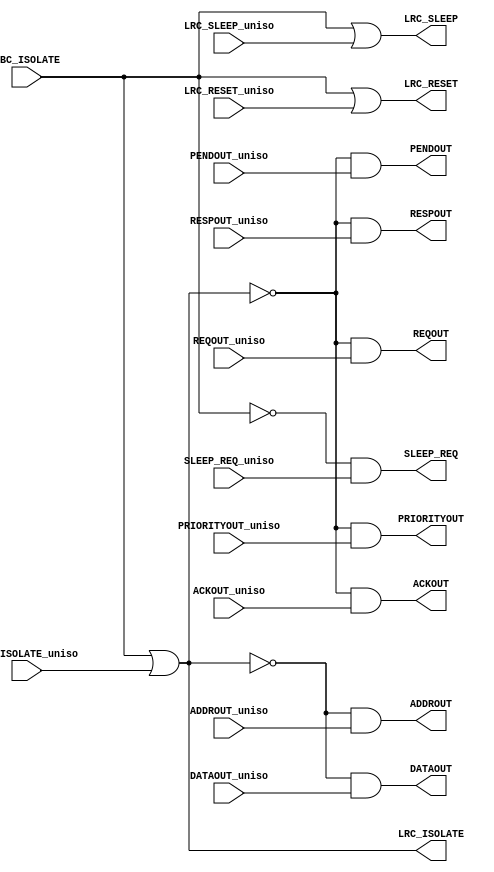
/*
 * MBus Copyright 2015 Regents of the University of Michigan
 *
 * Licensed under the Apache License, Version 2.0 (the "License");
 * you may not use this file except in compliance with the License.
 * You may obtain a copy of the License at
 *
 *     http://www.apache.org/licenses/LICENSE-2.0
 *
 * Unless required by applicable law or agreed to in writing, software
 * distributed under the License is distributed on an "AS IS" BASIS,
 * WITHOUT WARRANTIES OR CONDITIONS OF ANY KIND, either express or implied.
 * See the License for the specific language governing permissions and
 * limitations under the License.
 */

//*******************************************************************************************
//Description: 	  MBUS Register File
//		  Semi Custom Block
//Update History: Feb 25 2014 - First commit
//******************************************************************************************* 

module lc_mbc_iso
  (
   //**************************************
   //Power Domain
   //Input  - Always On
   //Output - N/A
   //**************************************
   //Signals
   //Input
   MBC_ISOLATE,
   // LC --> MBC
   //Input
   ADDROUT_uniso,	
   DATAOUT_uniso,	
   PENDOUT_uniso,	
   REQOUT_uniso,	
   PRIORITYOUT_uniso,	
   ACKOUT_uniso,	
   RESPOUT_uniso,	
   //Output
   ADDROUT,		// ISOL value = Low
   DATAOUT,		// ISOL value = Low
   PENDOUT,		// ISOL value = Low
   REQOUT, 		// ISOL value = Low
   PRIORITYOUT,		// ISOL value = Low
   ACKOUT,		// ISOL value = Low
   RESPOUT,		// ISOL value = Low
   // MBC --> LC
   //Input
   LRC_SLEEP_uniso,
   LRC_RESET_uniso,
   LRC_ISOLATE_uniso,
   //Output
   LRC_SLEEP,		// ISOL value = High
   LRC_RESET,		// ISOL value = High
   LRC_ISOLATE,		// ISOL value = High
   // MBC --> SC
   //Input
   SLEEP_REQ_uniso,
   //Output
   SLEEP_REQ		// ISOL value = Low
   );

   //Input
   input         MBC_ISOLATE;
   // LC --> MBC
   //Input
   input [31:0]  ADDROUT_uniso;
   input [31:0]  DATAOUT_uniso;
   input 	 PENDOUT_uniso;
   input 	 REQOUT_uniso;
   input 	 PRIORITYOUT_uniso;
   input 	 ACKOUT_uniso;
   input 	 RESPOUT_uniso;
   //Output
   output [31:0] ADDROUT;
   output [31:0] DATAOUT;
   output 	 PENDOUT;
   output 	 REQOUT;
   output 	 PRIORITYOUT;
   output 	 ACKOUT;
   output 	 RESPOUT;
   // MBC --> LC
   //Input
   input 	 LRC_SLEEP_uniso;
   input 	 LRC_RESET_uniso;
   input 	 LRC_ISOLATE_uniso;
   //Output
   output 	 LRC_SLEEP;
   output 	 LRC_RESET;
   output 	 LRC_ISOLATE;
   // MBC --> SC
   input 	 SLEEP_REQ_uniso;
   output 	 SLEEP_REQ;

   // LC --> MBC
   assign 	 ADDROUT     = ~LRC_ISOLATE & ADDROUT_uniso;
   assign 	 DATAOUT     = ~LRC_ISOLATE & DATAOUT_uniso;
   assign 	 PENDOUT     = ~LRC_ISOLATE & PENDOUT_uniso;
   assign 	 REQOUT      = ~LRC_ISOLATE & REQOUT_uniso;
   assign 	 PRIORITYOUT = ~LRC_ISOLATE & PRIORITYOUT_uniso;
   assign 	 ACKOUT      = ~LRC_ISOLATE & ACKOUT_uniso;
   assign 	 RESPOUT     = ~LRC_ISOLATE & RESPOUT_uniso;
   // MBC --> LC
   assign 	 LRC_SLEEP   =  MBC_ISOLATE | LRC_SLEEP_uniso;
   assign 	 LRC_RESET   =  MBC_ISOLATE | LRC_RESET_uniso;
   assign 	 LRC_ISOLATE =  MBC_ISOLATE | LRC_ISOLATE_uniso;
   // MBC --> SC
   assign 	 SLEEP_REQ   = ~MBC_ISOLATE & SLEEP_REQ_uniso;
   
endmodule // lc_mbc_iso